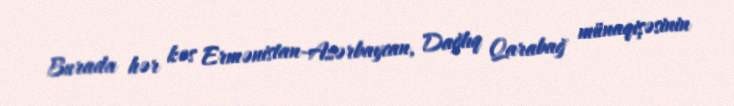
Burada hər kəs Ermənistan-Azərbaycan, Dağlıq Qarabağ münaqişəsinin